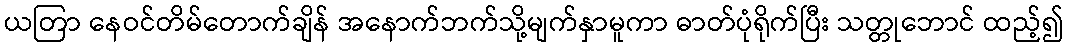
ယတြာ နေဝင်တိမ်တောက်ချိန် အနောက်ဘက်သို့မျက်နှာမူကာ ဓာတ်ပုံရိုက်ပြီး သတ္တုဘောင် ထည့်၍